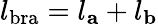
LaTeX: l_{\mathrm{bra}}=l_{\mathbf{a}}+l_{\mathbf{b}}